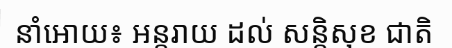
នាំអោយ៖ អន្តរាយ ដល់ សន្តិសុខ ជាតិ